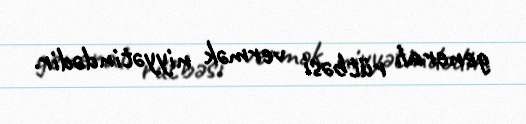
generalı rütbəsi vermək niyyətindədir.